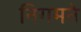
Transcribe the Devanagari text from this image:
निगमने